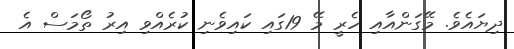
ދިޔައެވެ. މޭގަންއާއި ހެރީ މޭ 19ގައި ކައިވެނި ކުރެއްވި އިރު ތޯމަސް އެ